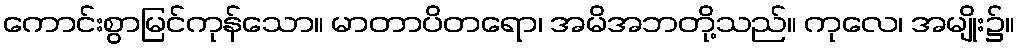
ကောင်းစွာမြင်ကုန်သော။ မာတာပိတရော၊ အမိအဘတို့သည်။ ကုလေ၊ အမျိုး၌။